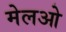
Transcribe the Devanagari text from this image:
मेलओ